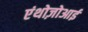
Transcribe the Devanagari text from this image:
एंथोज़ोआई